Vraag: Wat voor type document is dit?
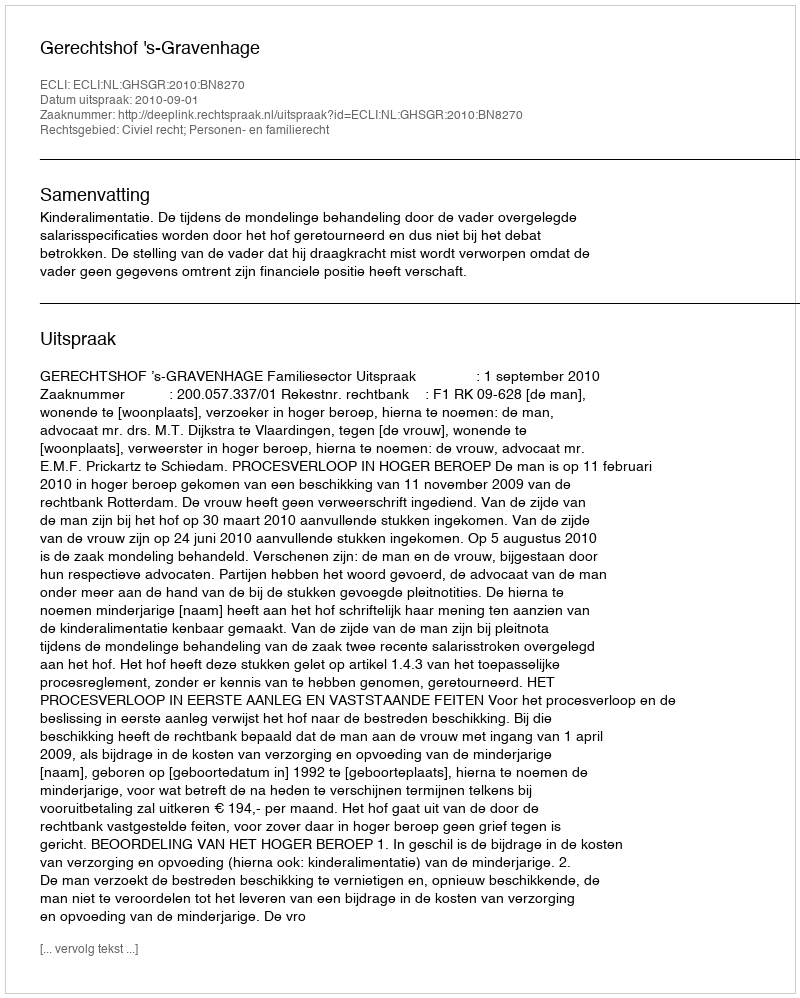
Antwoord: Uitspraak